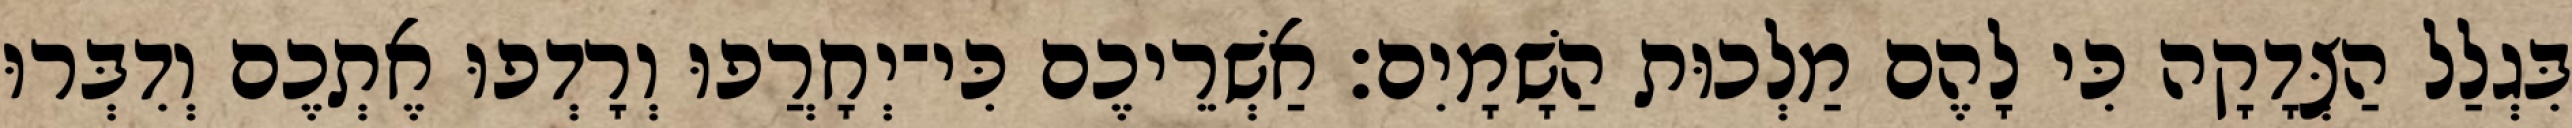
בִּגְלַל הַצְּדָקָה כִּי לָהֶם מַלְכוּת הַשָׁמָיִם׃ אַשְׁרֵיכֶם כִּי־יְחָרֲפוּ וְרָדְפוּ אֶתְכֶם וְדִבְּרוּ